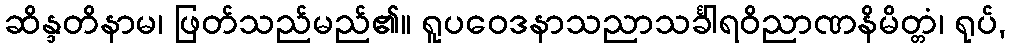
ဆိန္ဒတိနာမ၊ ဖြတ်သည်မည်၏။ ရူပဝေဒနာသညာသင်္ခါရဝိညာဏနိမိတ္တံ၊ ရုပ်,